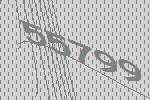
55799